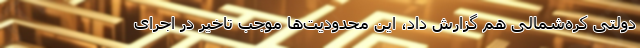
دولتی کره‌شمالی هم گزارش داد، این محدودیت‌ها موجب تاخیر در اجرای